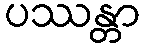
ပဿန္တာ